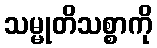
သမ္မုတိသစ္စာကို